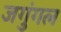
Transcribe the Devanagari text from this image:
जगुंगल